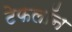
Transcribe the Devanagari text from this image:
टेफलॉन